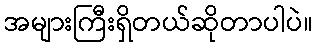
အများကြီးရှိတယ်ဆိုတာပါပဲ။